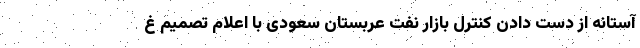
آستانه از دست دادن کنترل بازار نفت عربستان سعودی با اعلام تصمیم غ